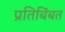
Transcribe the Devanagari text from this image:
प्रतिबिंबत